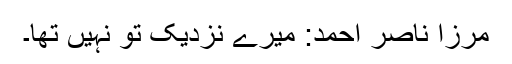
مرزا ناصر احمد: میرے نزدیک تو نہیں تھا۔